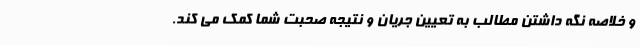
و خلاصه نگه داشتن مطالب به تعیین جریان و نتیجه صحبت شما کمک می کند.